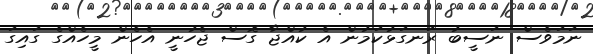
ނަމަވެސް ނަސީބު ރަނގަޅުކަމުން އެ ކުއްޖާ ގޮސް ޖެހުނީ އެހެން މީހެއްގެ ގައިގަ